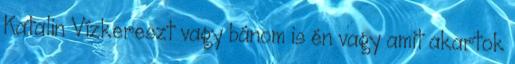
Katalin Vízkereszt vagy bánom is én vagy amit akartok